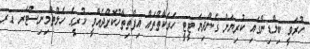
ހުރަވީ ބިލްޑިންގައި ކުރިޔަށް ގެންދިޔަ ޓީޓީ ހަރަކާތްތައް އިފްތިތާހުކޮށްދެއްވީ ކުރީގެ ހެލްތްމިނިސްޓަރ ޑރ